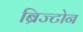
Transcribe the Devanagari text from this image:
ब्रिज्टोन